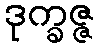
ဒုက္ခဇ္ဇ